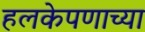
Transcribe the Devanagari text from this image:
हलकेपणाच्या